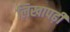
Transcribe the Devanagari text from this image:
लिखापढ़ी